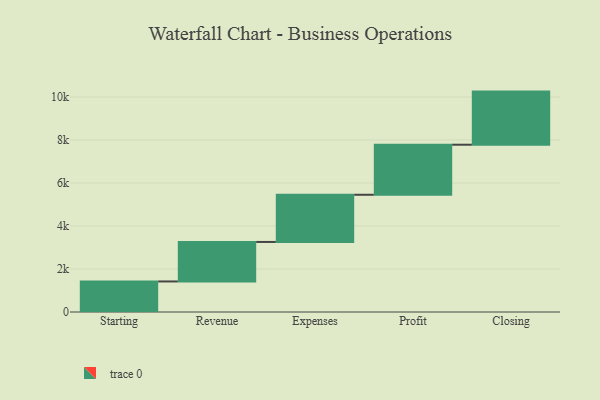
{"axis": {"x": "Step", "y": "Value"}, "legend": [""], "data": [{"x": "Starting", "y": 1421.0, "type": ""}, {"x": "Revenue", "y": 1837.0, "type": ""}, {"x": "Expenses", "y": 2195.0, "type": ""}, {"x": "Profit", "y": 2328.0, "type": ""}, {"x": "Closing", "y": 2470.0, "type": ""}]}